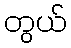
တွယ်